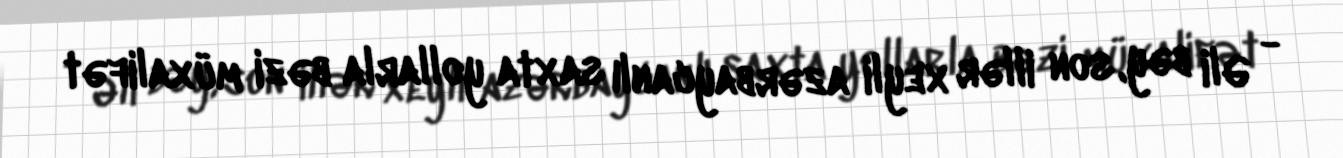
- Əli bəy, son illər xeyli azərbaycanlı saxta yollarla bəzi müxalifət